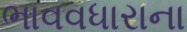
ભાવવધારાના